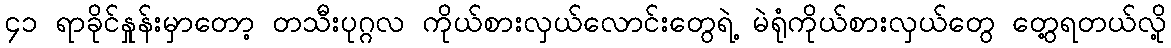
၄၁ ရာခိုင်နှုန်းမှာတော့ တသီးပုဂ္ဂလ ကိုယ်စားလှယ်လောင်းတွေရဲ့ မဲရုံကိုယ်စားလှယ်တွေ တွေ့ရတယ်လို့